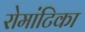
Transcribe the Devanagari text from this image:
रोमांटिका